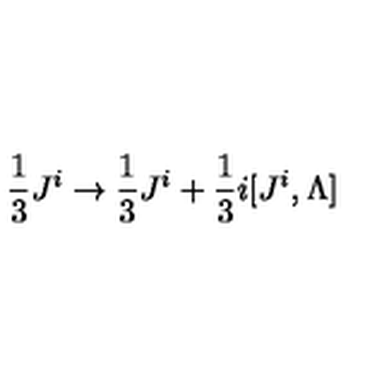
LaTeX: { \frac { 1 } { 3 } } J ^ { i } \to { \frac { 1 } { 3 } } J ^ { i } + { \frac { 1 } { 3 } } i [ J ^ { i } , \Lambda ]